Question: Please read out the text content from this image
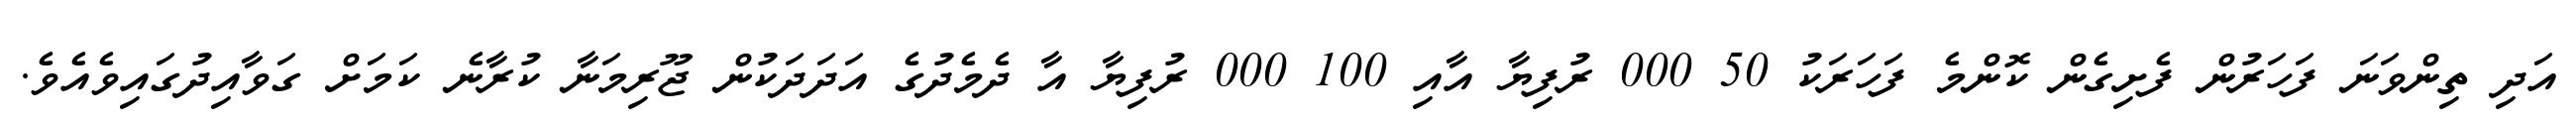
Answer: އަދި ތިންވަނަ ފަހަރުން ފެށިގެން ކޮންމެ ފަހަރަކު 50 000 ރުފިޔާ އާއި 100 000 ރުފިޔާ އާ ދެމެދުގެ އަދަދަކުން ޖޫރިމަނާ ކުރާނެ ކަމަށް ގަވާއިދުގައިވެއެވެ.